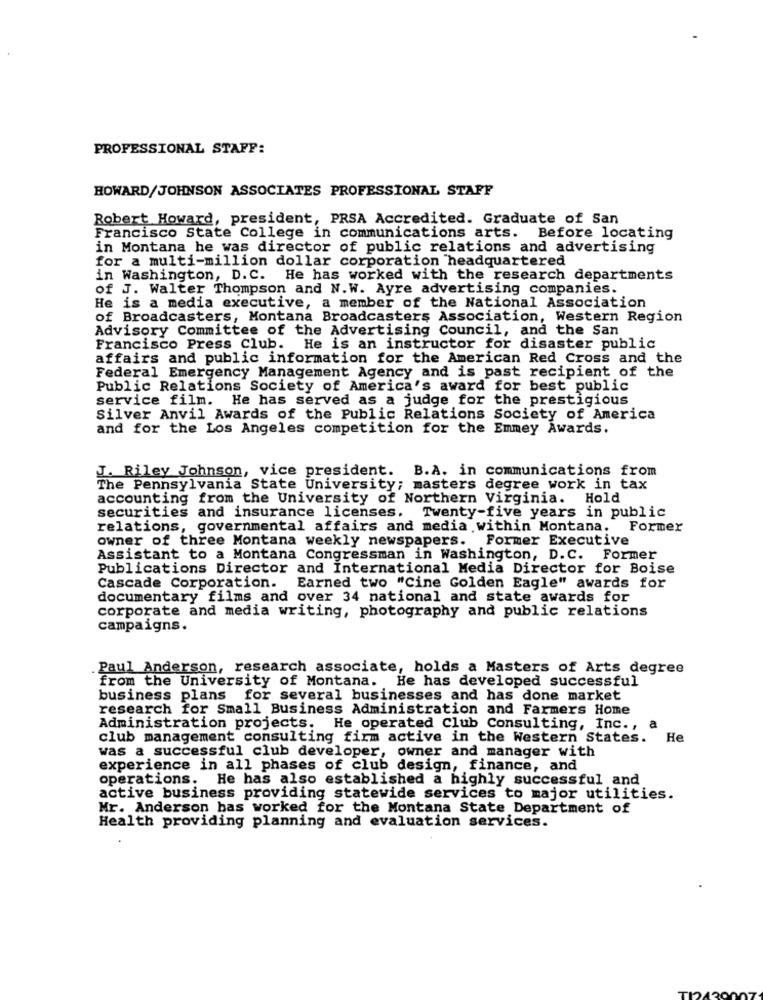
PROFESSIONAL STAFF:
HOWARD/JOHNSON ASSOCIATES PROFESSIONAL STAFF
Robert Howard, president, PRSA Accredited. Graduate of San
Francisco State College in communications arts. Before locating
in Montana he was director of public relations and advertising
for a multi-million dollar corporation headquartered
in Washington, D.C. He has worked with the research departments
of J. Walter Thompson and N.W. Ayre advertising companies.
He is a media executive, a member of the National Association
of Broadcasters, Montana Broadcasters Association, Western Region
Advisory Committee of the Advertising Council, and the San
Francisco Press Club. He is an instructor for disaster public
affairs and public information for the American Red Cross and the
Federal Emergency Management Agency and is past recipient of the
Public Relations Society of America's award for best public
service film. He has served as a judge for the prestigious
Silver Anvil Awards of the Public Relations Society of America
and for the Los Angeles competition for the Emmey Awards.
J. Riley Johnson, vice president. B.A. in communications from
The Pennsylvania State University; masters degree work in tax
accounting from the University of Northern Virginia. Hold
securities and insurance licenses. Twenty-five years in public
relations, governmental affairs and media within Montana. Former
owner of three Montana weekly newspapers. Former Executive
Assistant to a Montana Congressman in Washington, D.C. Former
Publications Director and International Media Director for Boise
Cascade Corporation.
Earned two "Cine Golden Eagle" awards for
documentary films and over 34 national and state awards for
corporate and media writing, photography and public relations
campaigns.
Paul Anderson, research associate, holds a Masters of Arts degree
from the University of Montana. He has developed successful
business plans
for several businesses and has done market
research for Small Business Administration and Farmers Home
Administration projects. He operated Club Consulting, Inc ., a
club management consulting firm active in the Western States. He
was a successful club developer, owner and manager with
experience in all phases of club design, finance, and
operations. He has also established a highly successful and
active business providing statewide services to major utilities.
Mr. Anderson bas worked for the Montana State Department of
Health providing planning and evaluation services.